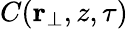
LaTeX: C(\textbf{r}_{\perp},z,\tau)